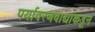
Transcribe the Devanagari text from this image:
पर्यावरणवाद्यांकडून